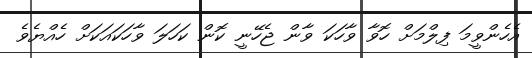
އެހެންވީމަ ފިލްމަށް ހޮވާ ވާހަކަ ވާން ޖެހޭނީ ކޮން ކަހަލަ ވާހަކައަކަށް ހެއްޔެވެ